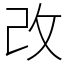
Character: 改